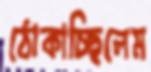
ঠোকাচ্ছিলেম